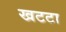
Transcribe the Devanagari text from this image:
खटटा